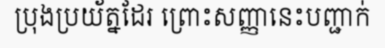
ប្រុងប្រយ័ត្នដែរ ព្រោះសញ្ញានេះបញ្ជាក់